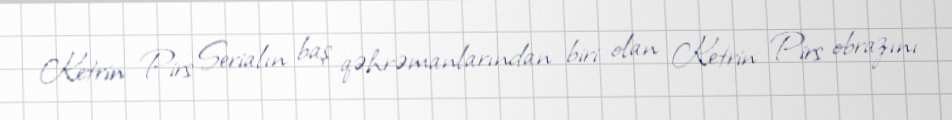
Ketrin Pirs Serialın baş qəhrəmanlarından biri olan Ketrin Pirs obrazını